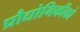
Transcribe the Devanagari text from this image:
प्रौद्योगिकीको